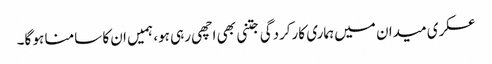
عسکری میدان میں ہماری کارکردگی جتنی بھی اچھی رہی ہو، ہمیں ان کا سامنا ہو گا۔